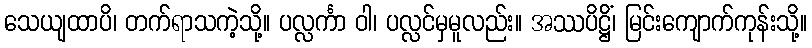
သေယျထာပိ၊ တက်ရာသကဲ့သို့။ ပလ္လင်္ကာ ဝါ၊ ပလ္လင်မှမူလည်း။ အဿပိဋ္ဌိံ၊ မြင်းကျောက်ကုန်းသို့။